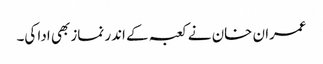
عمران خان نے کعبہ کے اندر نماز بھی ادا کی۔